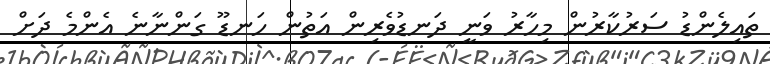
ތައިލެންޑު ސަރުކާރުން މިހާރު ވަނީ ދަނޑުވެރިން އަތުން ހަނޑޫ ގަންނާނެ އެންމެ ދަށް